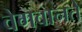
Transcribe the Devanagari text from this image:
वेगवानते